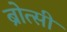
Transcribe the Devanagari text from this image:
ब्रोत्सी